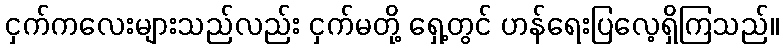
ငှက်ကလေးများသည်လည်း ငှက်မတို့ ရှေ့တွင် ဟန်ရေးပြလေ့ရှိကြသည်။